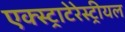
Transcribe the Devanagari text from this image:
एक्स्ट्राटेरेस्ट्रीयल